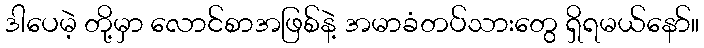
ဒါပေမဲ့ တို့မှာ လောင်စာအဖြစ်နဲ့ အမာခံတပ်သားတွေ ရှိရမယ်နော်။